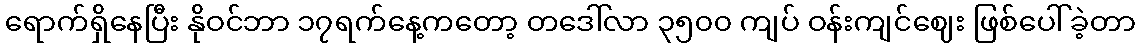
ရောက်ရှိနေပြီး နိုဝင်ဘာ ၁၇ရက်နေ့ကတော့ တဒေါ်လာ ၃၅၀၀ ကျပ် ဝန်းကျင်ဈေး ဖြစ်ပေါ်ခဲ့တာ